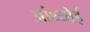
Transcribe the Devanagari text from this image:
आंथ्‍योई